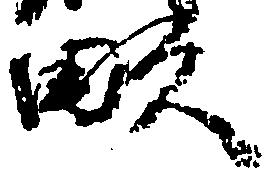
畝